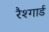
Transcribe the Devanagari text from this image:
रैश्गार्ड